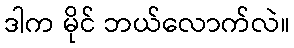
ဒါက မိုင် ဘယ်လောက်လဲ။